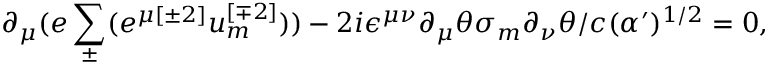
\partial _ { \mu } ( e \sum _ { \pm } ^ { } ( e ^ { \mu { [ \pm 2 ] } } u _ { { m } } ^ { { [ \mp 2 ] } } ) ) - 2 i \epsilon ^ { \mu \nu } \partial _ { \mu } \theta \sigma _ { { m } } \partial _ { \nu } \theta / c ( \alpha ^ { \prime } ) ^ { { 1 / 2 } } = 0 ,